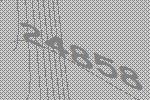
24858